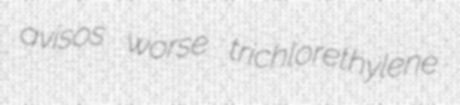
avisos worse trichlorethylene